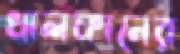
খালফানের